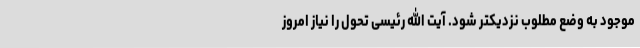
موجود به وضع مطلوب نزدیکتر شود. آیت الله رئیسی تحول را نیاز امروز